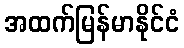
အထက်မြန်မာနိုင်ငံ